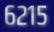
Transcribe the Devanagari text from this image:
६२१५